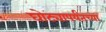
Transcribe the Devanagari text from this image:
घोट्यापर्यंतच्या